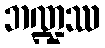
ဘဏ္ဍဿ